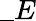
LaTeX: \_ E